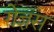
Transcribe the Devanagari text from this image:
गेज्ञस